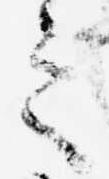
之